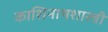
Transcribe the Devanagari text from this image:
काशिनाथशास्त्री